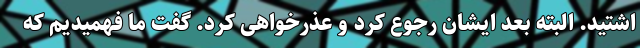
اشتید. البته بعد ایشان رجوع کرد و عذرخواهی کرد. گفت ما فهمیدیم که